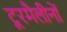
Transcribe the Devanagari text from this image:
टूरमैलीनों